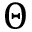
\Theta